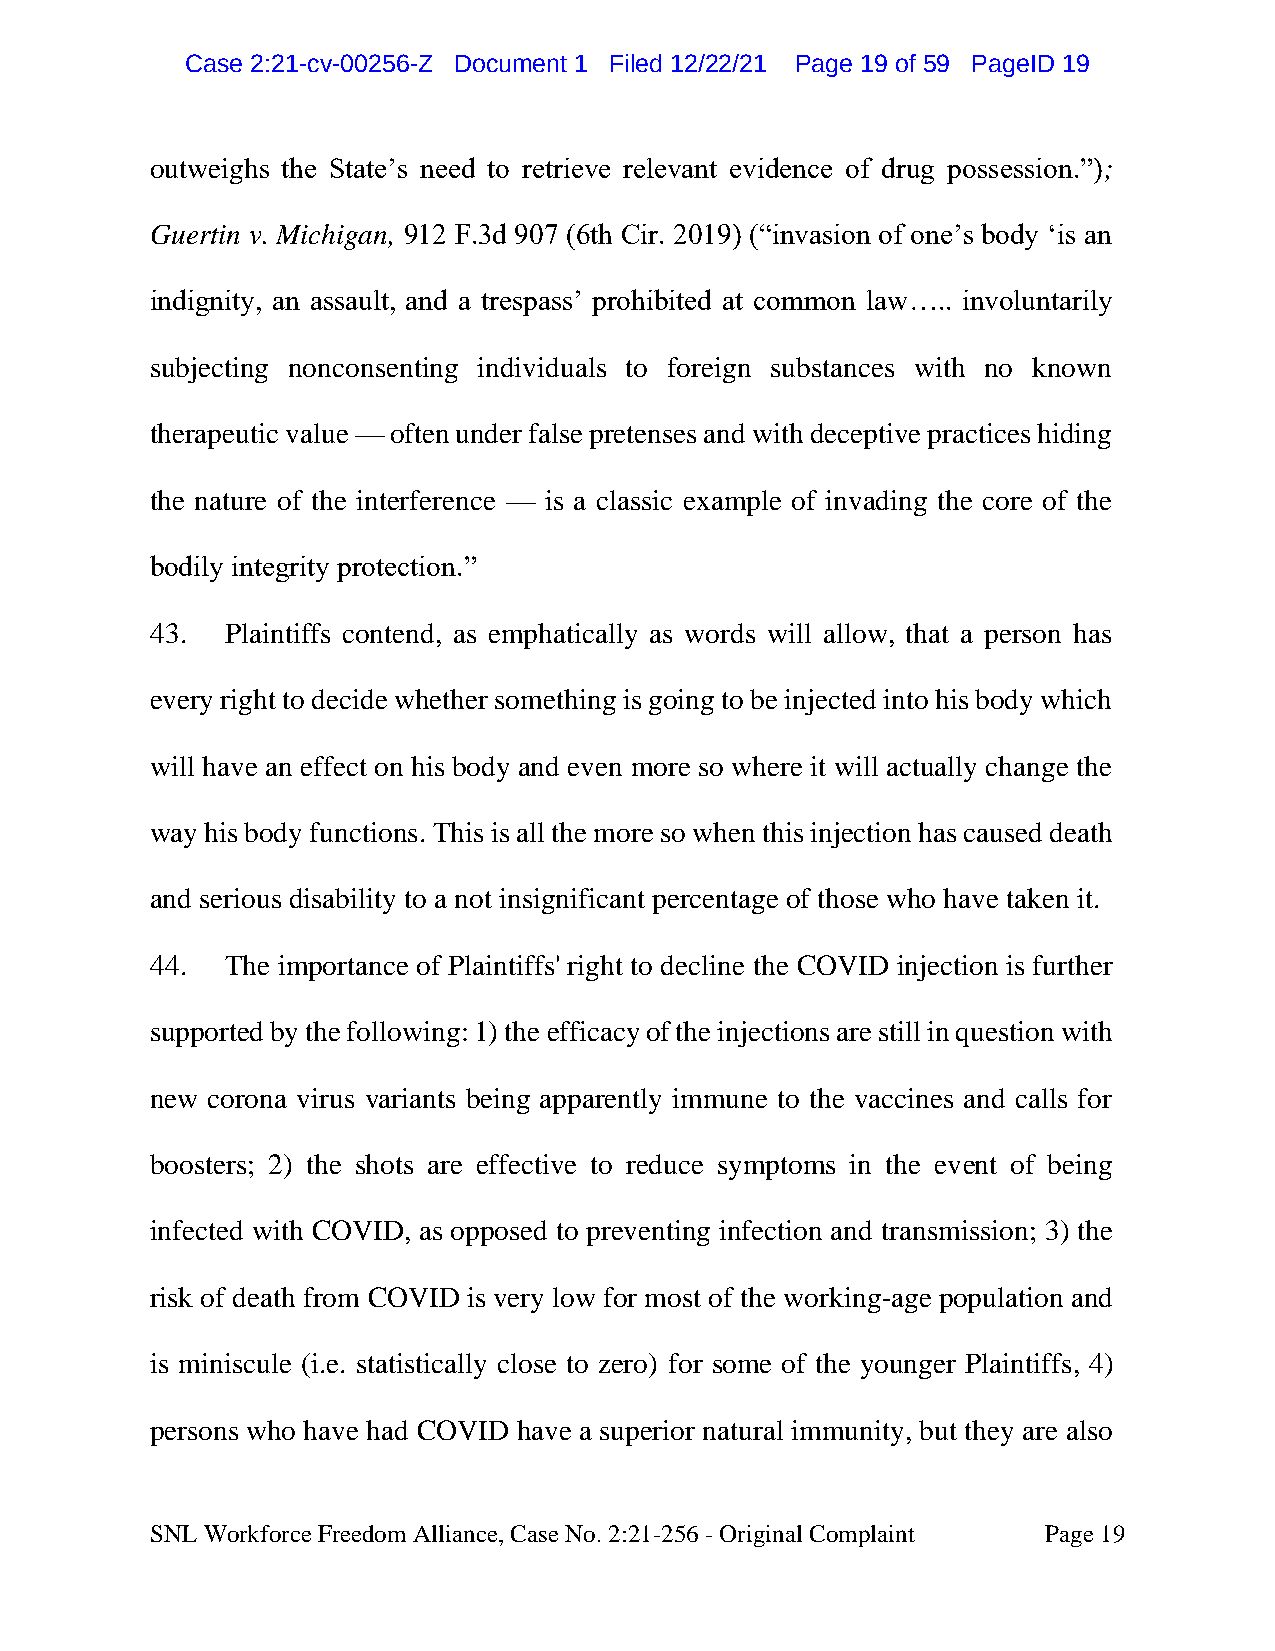
CCaassee 22::2211--ccvv--0000225566--ZZ DDooccuummeenntt 11 FFiilleedd 1122//2222//2211 PPaaggee 1199 ooff 5599 PPaaggeeIIDD 1199
 outweighs the State’s need to retrieve relevant evidence of drug possession.”);
 Guertin v. Michigan, 912 F.3d 907 (6th Cir. 2019) (“invasion of one’s body ‘is an
 indignity, an assault, and a trespass’ prohibited at common law….. involuntarily
 subjecting nonconsenting individuals to foreign substances with no known
 therapeutic value — often under false pretenses and with deceptive practices hiding
 the nature of the interference — is a classic example of invading the core of the
 bodily integrity protection.”
 43.  Plaintiffs contend, as emphatically as words will allow, that a person has
 every right to decide whether something is going to be injected into his body which
 will have an effect on his body and even more so where it will actually change the
 way his body functions. This is all the more so when this injection has caused death
 and serious disability to a not insignificant percentage of those who have taken it.
 44.  The importance of Plaintiffs' right to decline the COVID injection is further
 supported by the following: 1) the efficacy of the injections are still in question with
 new corona virus variants being apparently immune to the vaccines and calls for
 boosters; 2) the shots are effective to reduce symptoms in the event of being
 infected with COVID, as opposed to preventing infection and transmission; 3) the
 risk of death from COVID is very low for most of the working-age population and
 is miniscule (i.e. statistically close to zero) for some of the younger Plaintiffs, 4)
 persons who have had COVID have a superior natural immunity, but they are also
 SNL Workforce Freedom Alliance, Case No. 2:21-256 - Original Complaint Page 19